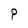
Character: P